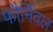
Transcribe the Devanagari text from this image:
फौर्निवल